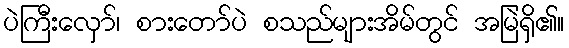
ပဲကြီးလှော်၊ စားတော်ပဲ စသည်များအိမ်တွင် အမြဲရှိ၏။